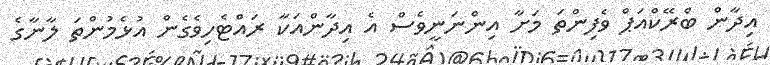
އިދާން ބްރޭކްއަޕް ވެފިންތަ މަށާ އިންނަނީވެސް އެ އިދާންއަކާ ރައްޓެހިވެގެން އުޅެމުންތަ ލާނާގެ